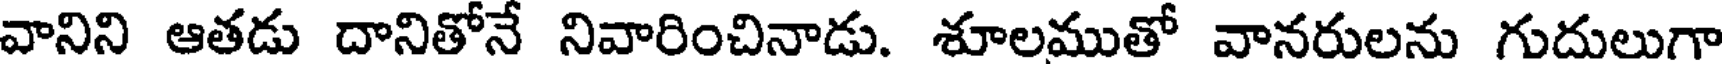
వానిని ఆతడు దానితోనే నివారించినాడు. శూలముతో వానరులను గుదులుగా